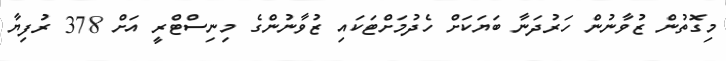
މިގޮތުން ޒުވާނުން ހަރުދަނާ ބަަޔަކަށް ހެދުމަށްޓަކައި ޒުވާނުންގެ މިނިސްޓްރީ އަށް 378 ރުފިޔާ